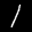
Label: 1